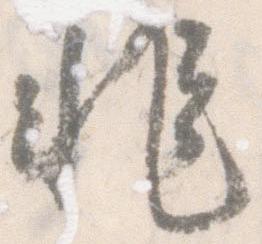
非